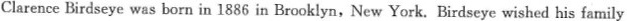
ClarenceBirdseye was born in 1886 in Brooklyn，New York.Birdseye wished his family